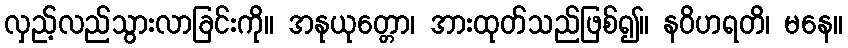
လှည့်လည်သွားလာခြင်းကို။ အနုယုတ္တော၊ အားထုတ်သည်ဖြစ်၍။ နဝိဟရတိ၊ မနေ။